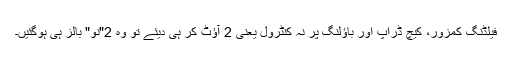
فیلڈنگ کمزور، کیچ ڈراپ اور باؤلنگ پر نہ کنٹرول یعنی 2 آؤٹ کر ہی دیئے تو وہ 2"نو" بالز ہی ہوگئیں۔